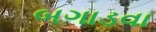
બગાડવા